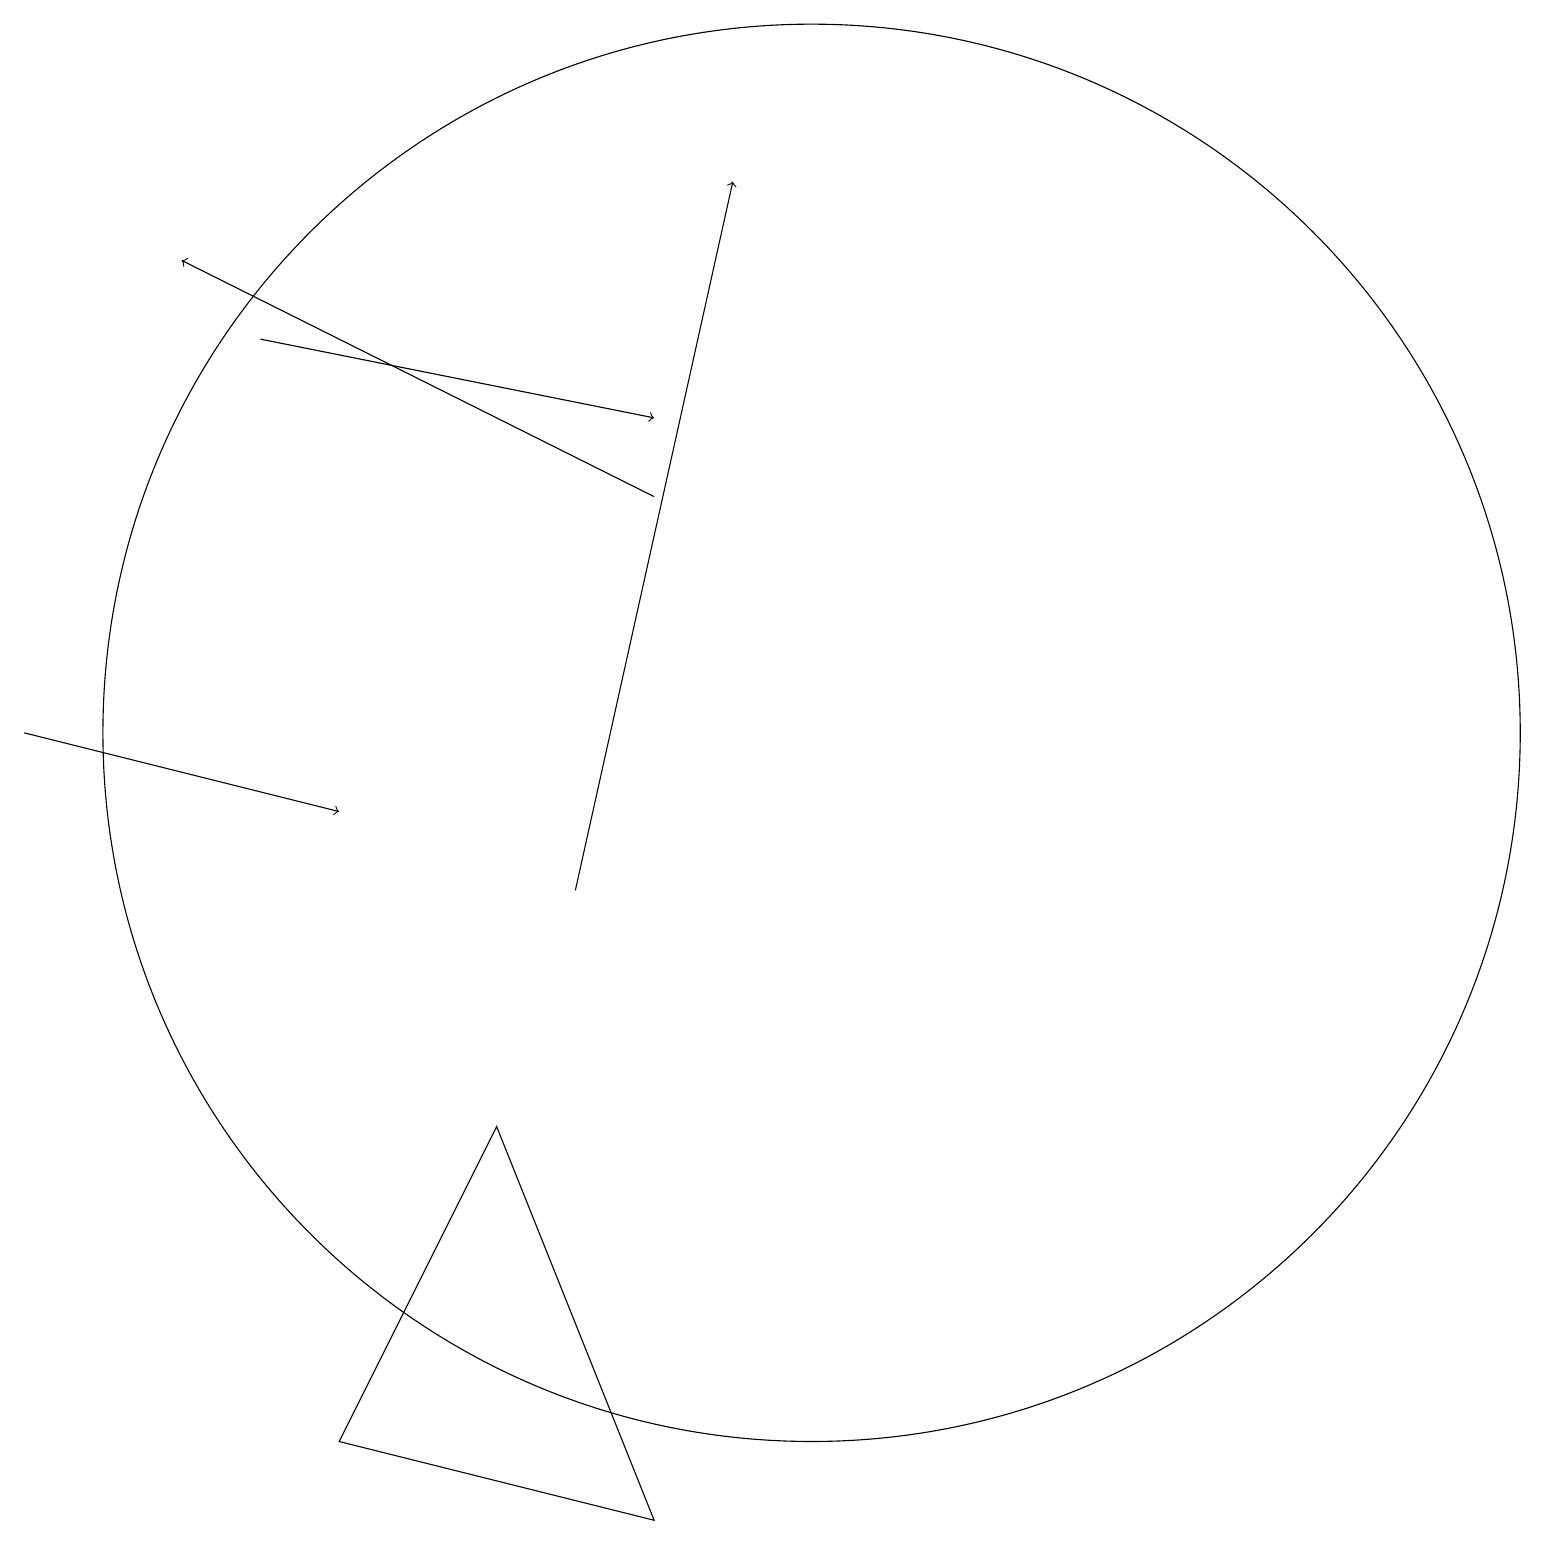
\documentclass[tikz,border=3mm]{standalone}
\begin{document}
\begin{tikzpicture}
\draw (10,12) circle (9);
\draw[->] (8,15) -- (2,18);
\draw[->] (0,12) -- (4,11);
\draw[->] (3,17) -- (8,16);
\draw[->] (7,10) -- (9,19);
\draw (4,3) -- (6,7) -- (8,2) -- cycle;
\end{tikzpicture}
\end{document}